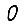
Digit: 0